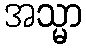
အသ္မာ